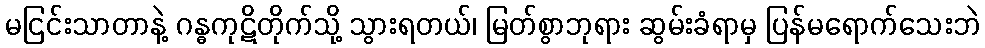
မငြင်းသာတာနဲ့ ဂန္ဓကုဋိတိုက်သို့ သွားရတယ်၊ မြတ်စွာဘုရား ဆွမ်းခံရာမှ ပြန်မရောက်သေးဘဲ